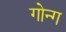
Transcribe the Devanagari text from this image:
गोन्ग